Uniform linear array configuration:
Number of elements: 16
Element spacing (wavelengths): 1
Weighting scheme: exponential
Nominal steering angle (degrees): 0
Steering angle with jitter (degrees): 0.278
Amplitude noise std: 0.05
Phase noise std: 0.05

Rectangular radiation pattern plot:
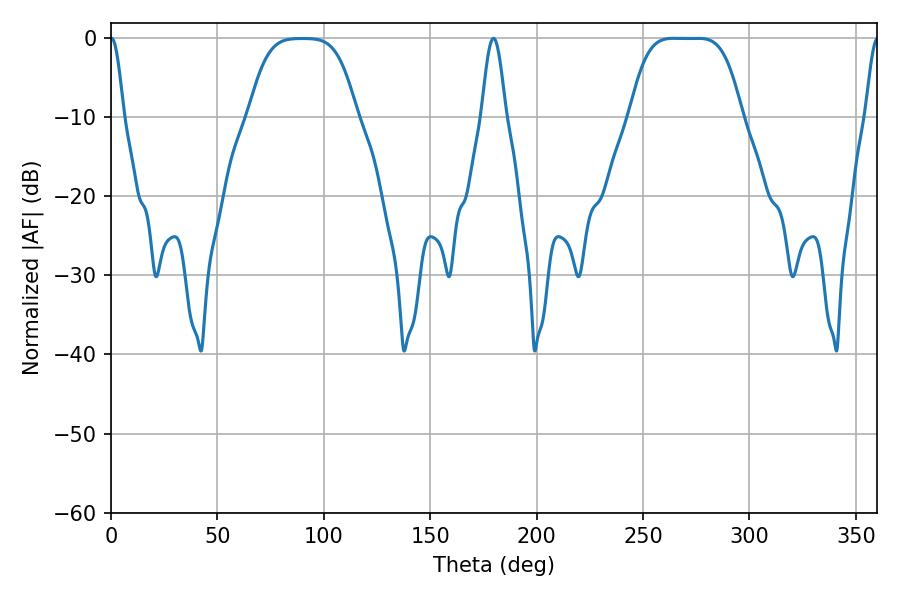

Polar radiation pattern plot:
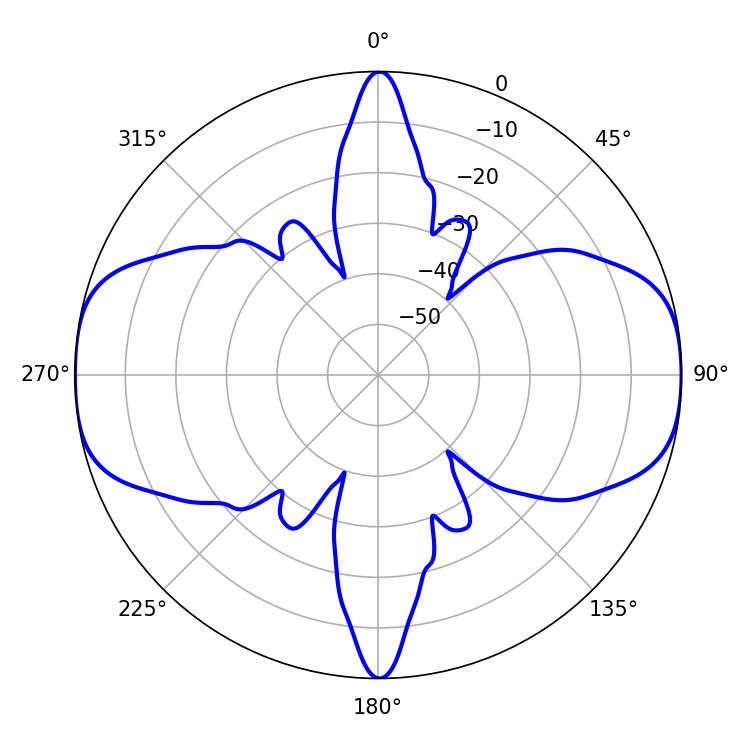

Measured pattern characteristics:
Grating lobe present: TRUE
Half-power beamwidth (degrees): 39.24
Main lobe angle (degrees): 264.42